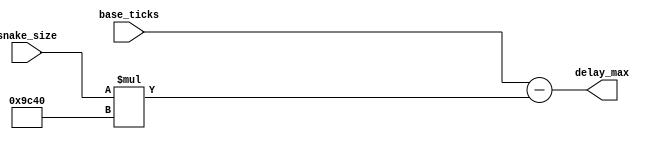
module delay_calc(
	input [7:0] snake_size,
	input [27:0] base_ticks,
	output [27:0] delay_max
	);

	assign delay_max = base_ticks - (snake_size * 40_000);
	
endmodule